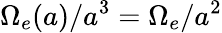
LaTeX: \Omega_{e}(a)/a^{3}=\Omega_{e}/a^{2}